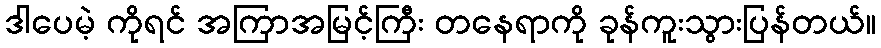
ဒါပေမဲ့ ကိုရင် အကြာအမြင့်ကြီး တနေရာကို ခုန်ကူးသွားပြန်တယ်။